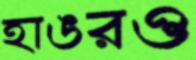
হাঙরও